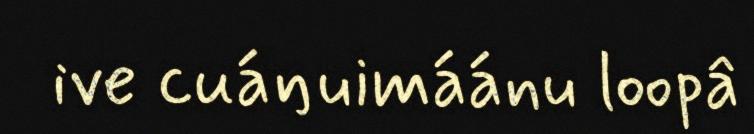
ive cuáŋuimáánu loopâ